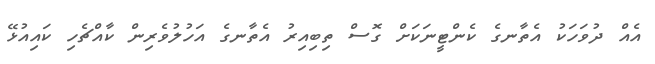
އެއް ދުވަހަކު އެތާނގެ ކެންޓީނަކަށް ގޮސް ތިބިއިރު އެތާނގެ އަހުލުވެރިން ކާއްޗެހި ކައިއުޅޭ